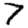
Digit: 7